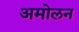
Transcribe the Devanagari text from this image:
अमोलन